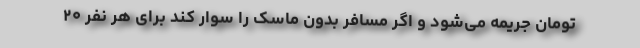
تومان جریمه می‌شود و اگر مسافر بدون ماسک را سوار کند برای هر نفر ۲۰